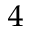
^ 4